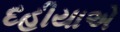
દહીયાએ